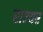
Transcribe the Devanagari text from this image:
राज्यर